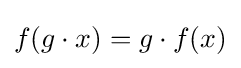
f(g\cdot x)=g\cdot f(x)